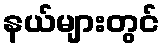
နယ်များတွင်